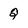
Character: Q